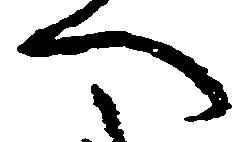
へ